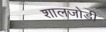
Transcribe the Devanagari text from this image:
शालजोडी